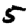
Digit: 5